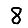
Digit: 8